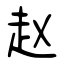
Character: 赵